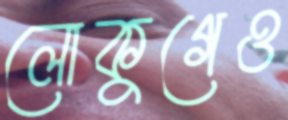
লোকুগেও